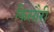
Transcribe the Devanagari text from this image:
किसौरी